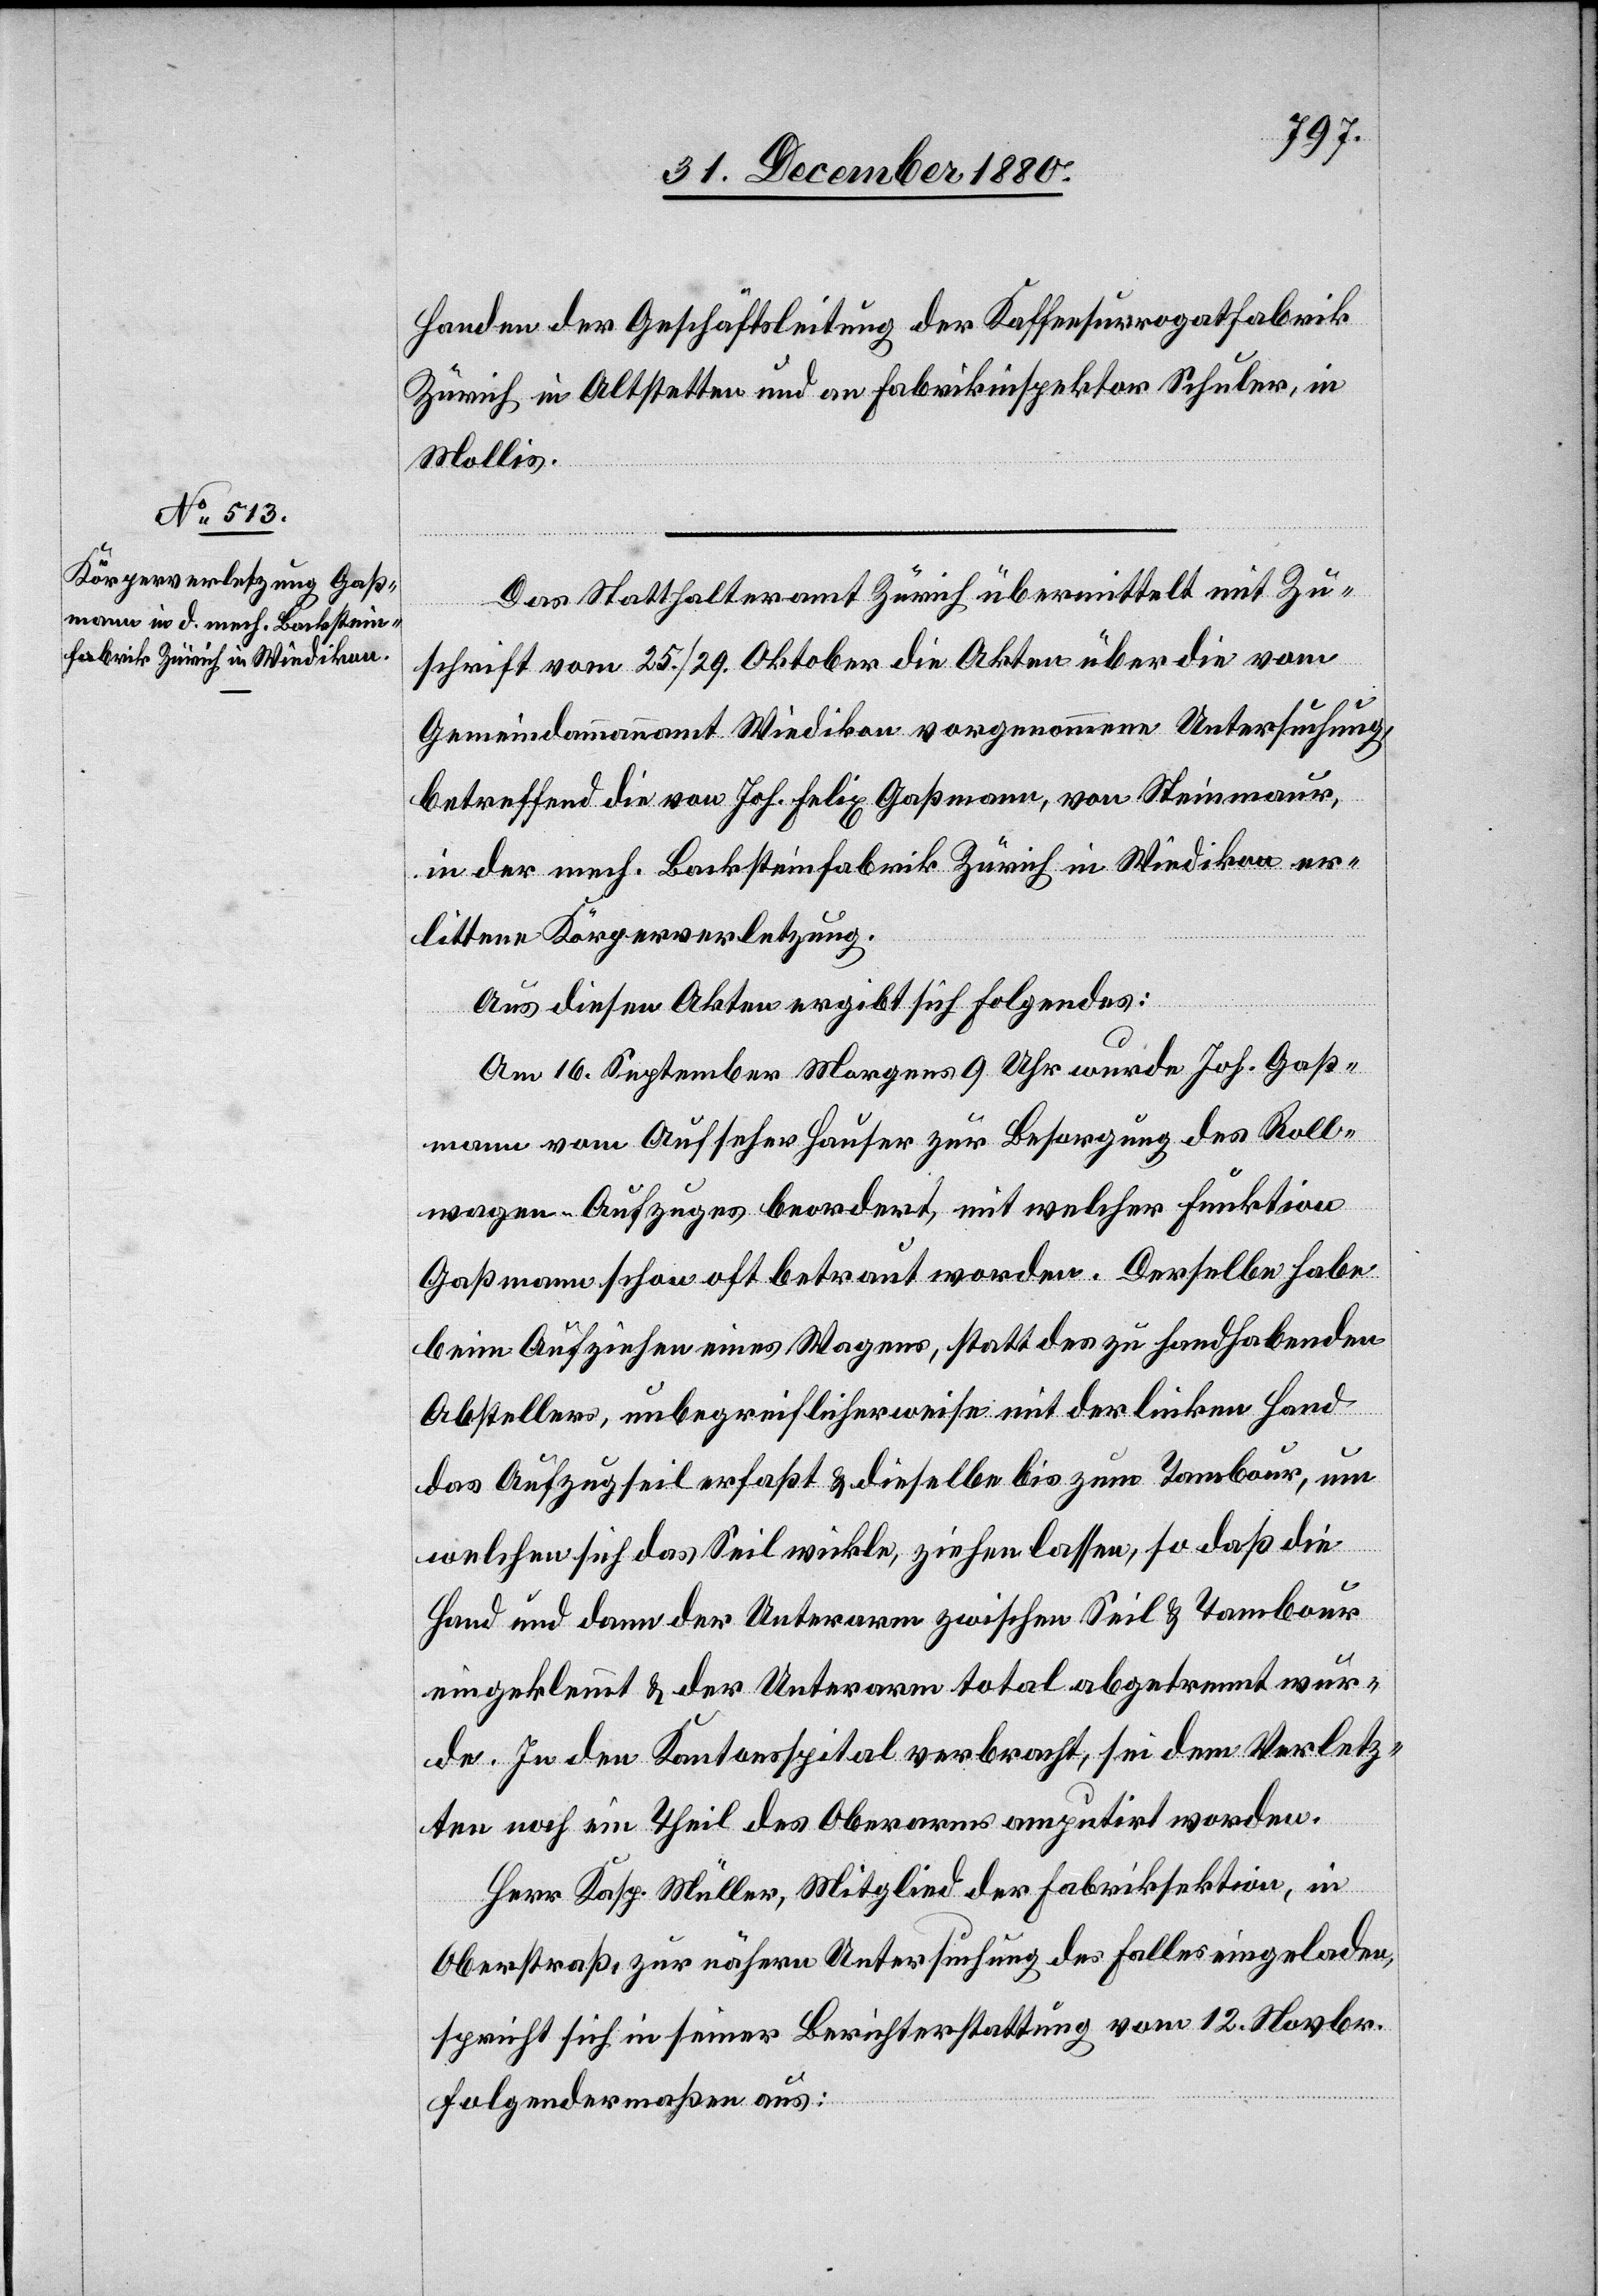
Handen der Geschäftsleitung der Kaffeesurrogatfabrik
Zürich in Altstetten und an Fabrikinspektor Schuler, in
Mollis.
Das Statthalteramt Zürich übermittelt mit Zu¬
schrift vom 25./29. Oktober die Akten über die vom
Gemeindammannamt Wiedikon vorgenommene Untersuchung,
betreffend die von Joh. Felix Gaßmann, von Steinmaur,
in der mech. Backsteinfabrik Zürich in Wiedikon er¬
littene Körperverletzung.
Aus diesen Akten ergibt sich folgendes:
Am 16. September Morgens 9 Uhr wurde Joh. Gaß¬
mann vom Aufseher Hauser zur Besorgung des Roll¬
wagen-Aufzuges beordert, mit welcher Funktion
Gaßmann schon oft betraut worden. Derselbe habe
beim Aufziehen eines Wagens, statt des zu handhabenden
Abstellers, unbegreiflicherweise mit der linken Hand
das Aufzugseil erfaßt & dieselbe bis zum Tambour, um
welchen sich das Seil wickle, ziehen lassen, so daß die
Hand und dann der Unterarm zwischen Seil & Tambour
eingeklemmt & der Unterarm total abgetrennt wur¬
de. In den Kantonsspital verbracht, sei dem Verletz¬
ten noch ein Theil des Oberarms amputirt worden.
Herr Kasp. Müller, Mitglied der Fabriksektion, in
Oberstraß, zur nähern Untersuchung des Falles eingeladen,
spricht sich in seiner Berichterstattung vom 12. Novbr.
folgendermaßen aus: